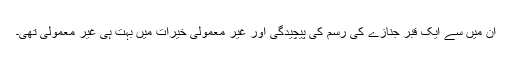
ان میں سے ایک قبر جنازے کی رسم کی پیچیدگی اور غیر معمولی خیرات میں بہت ہی غیر معمولی تھی۔